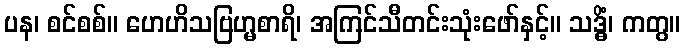
ပန၊ စင်စစ်။ ဟေဟိသဗြဟ္မစာရိ၊ အကြင်သီတင်းသုံးဖော်နှင့်။ သဒ္ဓိံ၊ ကတွ။